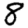
Digit: 8